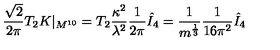
\frac { \sqrt { 2 } } { 2 \pi } T _ { 2 } K | _ { M ^ { 1 0 } } = T _ { 2 } \frac { \kappa ^ { 2 } } { \lambda ^ { 2 } } \frac { 1 } { 2 \pi } \hat { I } _ { 4 } = \frac { 1 } { m ^ { \frac { 1 } { 3 } } } \frac { 1 } { 1 6 \pi ^ { 2 } } \hat { I } _ { 4 }